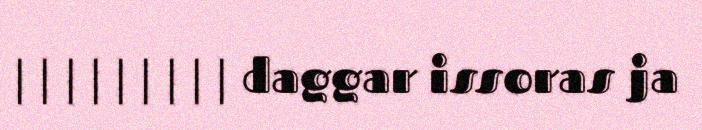
| | | | | | | | | daggar issoras ja